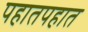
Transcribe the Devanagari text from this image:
पहातपहात